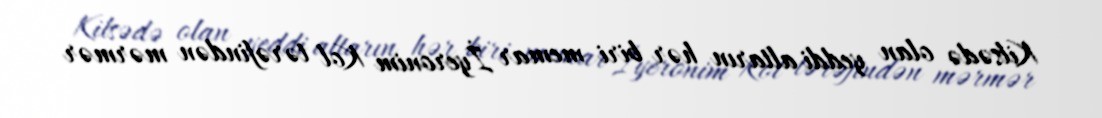
Kilsədə olan yeddi altarın hər biri memar İyeronim Kol tərəfindən mərmər